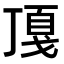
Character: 𢧖